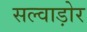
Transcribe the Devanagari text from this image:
सल्वाड़ोर